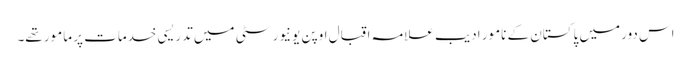
اس دور میں پاکستان کے نامور ادیب علامہ اقبال اوپن یونیورسٹی میں تدریسی خدمات پر مامور تھے۔